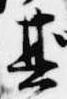
其